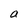
Character: a